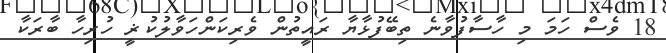
18 ވެސް ހަމަ މި ހާސާފުވާނެ ތިބޭފުޅާޔާ ރައީތުން ވެރިކަންހަވާލުކުޜީ ހުރިހާ ބާރަކާ